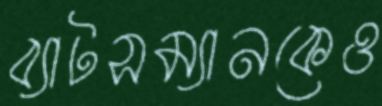
ব্যাটসম্যানকেও